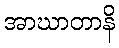
အာဃာတာနိ